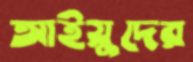
আইয়ুদের